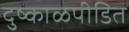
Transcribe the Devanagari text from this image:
दुष्काळपीडित